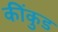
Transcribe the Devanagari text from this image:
कींकुड